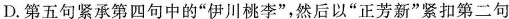
D.第五句紧承第四句中的”伊川桃李”，然后以”正芳新”紧扣第二句